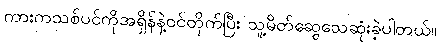
ကားကသစ်ပင်ကိုအရှိန်နဲ့ဝင်တိုက်ပြီး သူ့မိတ်ဆွေသေဆုံးခဲ့ပါတယ်။